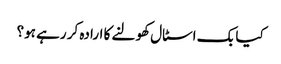
کیا بک اسٹال کھولنے کا ارادہ کر رہے ہو؟